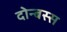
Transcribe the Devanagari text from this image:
दोन्बस्स